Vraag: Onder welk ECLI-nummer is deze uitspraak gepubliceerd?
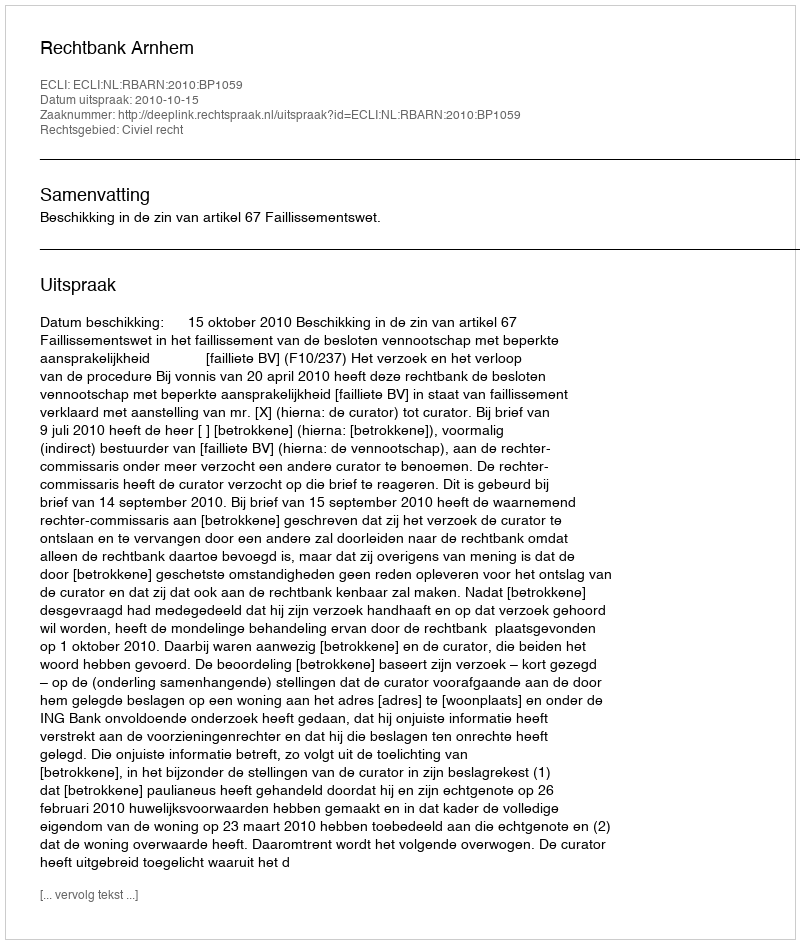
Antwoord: ECLI:NL:RBARN:2010:BP1059